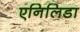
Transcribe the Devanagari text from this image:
एनिलिडा